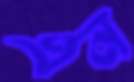
এন